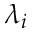
\lambda _ { i }